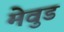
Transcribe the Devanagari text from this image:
मेवुड